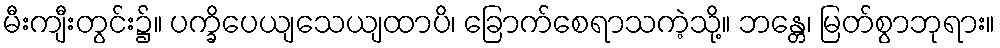
မီးကျီးတွင်း၌။ ပက္ခိပေယျသေယျထာပိ၊ ခြောက်စေရာသကဲ့သို့။ ဘန္တေ၊ မြတ်စွာဘုရား။